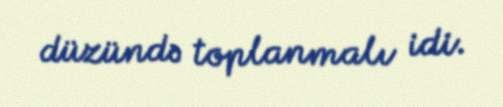
düzündə toplanmalı idi.